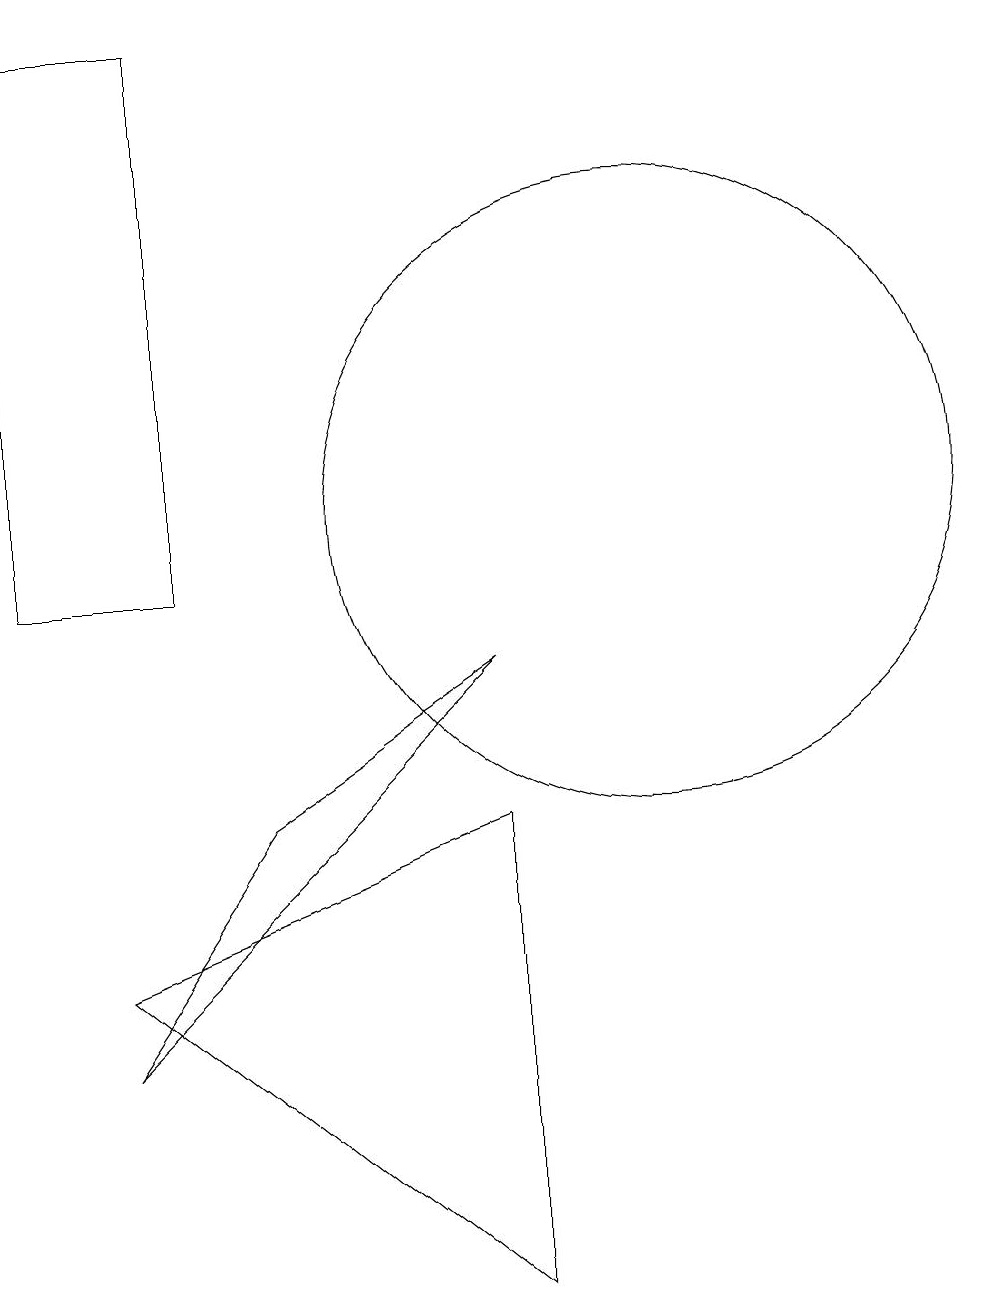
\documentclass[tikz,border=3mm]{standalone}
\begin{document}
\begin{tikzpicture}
\draw (11,11) circle (4);
\draw (9,1) -- (4,5) -- (9,7) -- cycle;
\draw (3,10) rectangle (5,17);
\draw (9,9) -- (6,7) -- (4,4) -- cycle;
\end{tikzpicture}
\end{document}